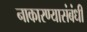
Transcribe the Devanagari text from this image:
नाकारण्यासंबंधी